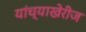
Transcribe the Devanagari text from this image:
यांच्याखेरीज